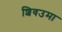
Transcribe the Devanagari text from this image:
शिवउमा